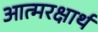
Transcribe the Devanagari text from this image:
आत्मरक्षार्थ